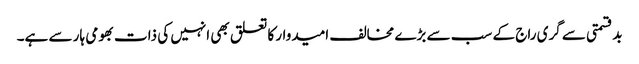
بدقسمتی سے گری راج کے سب سے بڑے مخالف امیدوار کا تعلق بھی انہیں کی ذات بھومی ہار سے ہے۔